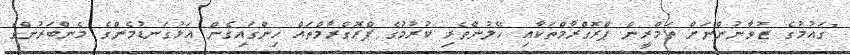
"ގައުމުގެ ޒުވާނުންނަށް ތަމްރީން ޕްރޮގްރާމްތަކާއި ހޭލުންތެރި ކުރުމުގެ ޕްރޮގްރާމްތައް ހިންގައިގެން އަޅުގަނޑުމެންގެ މެންބަރުންގެ